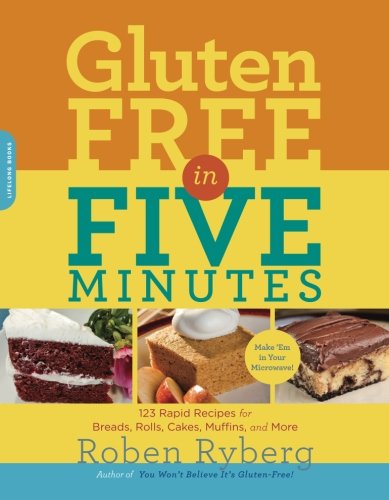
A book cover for Gluten-Free in Five Minutes: 123 Rapid Recipes for Breads, Rolls, Cakes, Muffins, and More; Roben Ryberg; Cookbooks, Food & Wine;